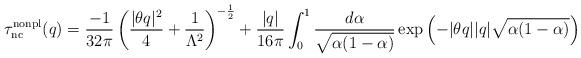
LaTeX: \begin{align*}\tau^{\rm nonpl}_{\rm nc}(q)=\frac{-1}{32\pi} \left(\frac{|\theta q|^2}{4} +\frac{1}{\Lambda^2}\right)^{-\frac12}+ \frac{|q|}{16\pi} \int^1_0 \frac{d\alpha}{\sqrt{\alpha(1 - \alpha)}}\exp\left(- |\theta q| |q| \sqrt{\alpha(1 - \alpha)}\right) \end{align*}